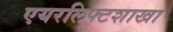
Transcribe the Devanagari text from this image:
एयरलिफ्टशाखा